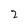
Character: 2